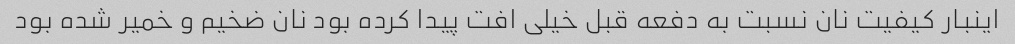
اینبار کیفیت نان نسبت به دفعه قبل خیلی افت پیدا کرده بود نان ضخیم و خمیر شده بود